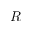
{ \cal R }